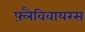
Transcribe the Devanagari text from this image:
फ़्लैविवायरस